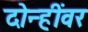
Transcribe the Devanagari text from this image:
दोन्हींवर